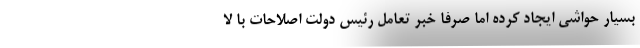
بسیار حواشی ایجاد کرده اما صرفا خبر تعامل رئیس دولت اصلاحات با لا